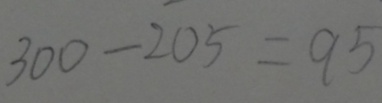
3 0 0 - 2 0 5 = 9 5